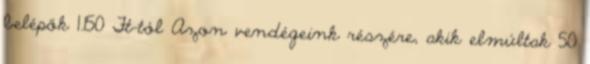
belépők 1.150 Ft-tól Azon vendégeink részére, akik elmúltak 50